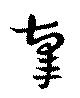
辜